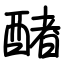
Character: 醏